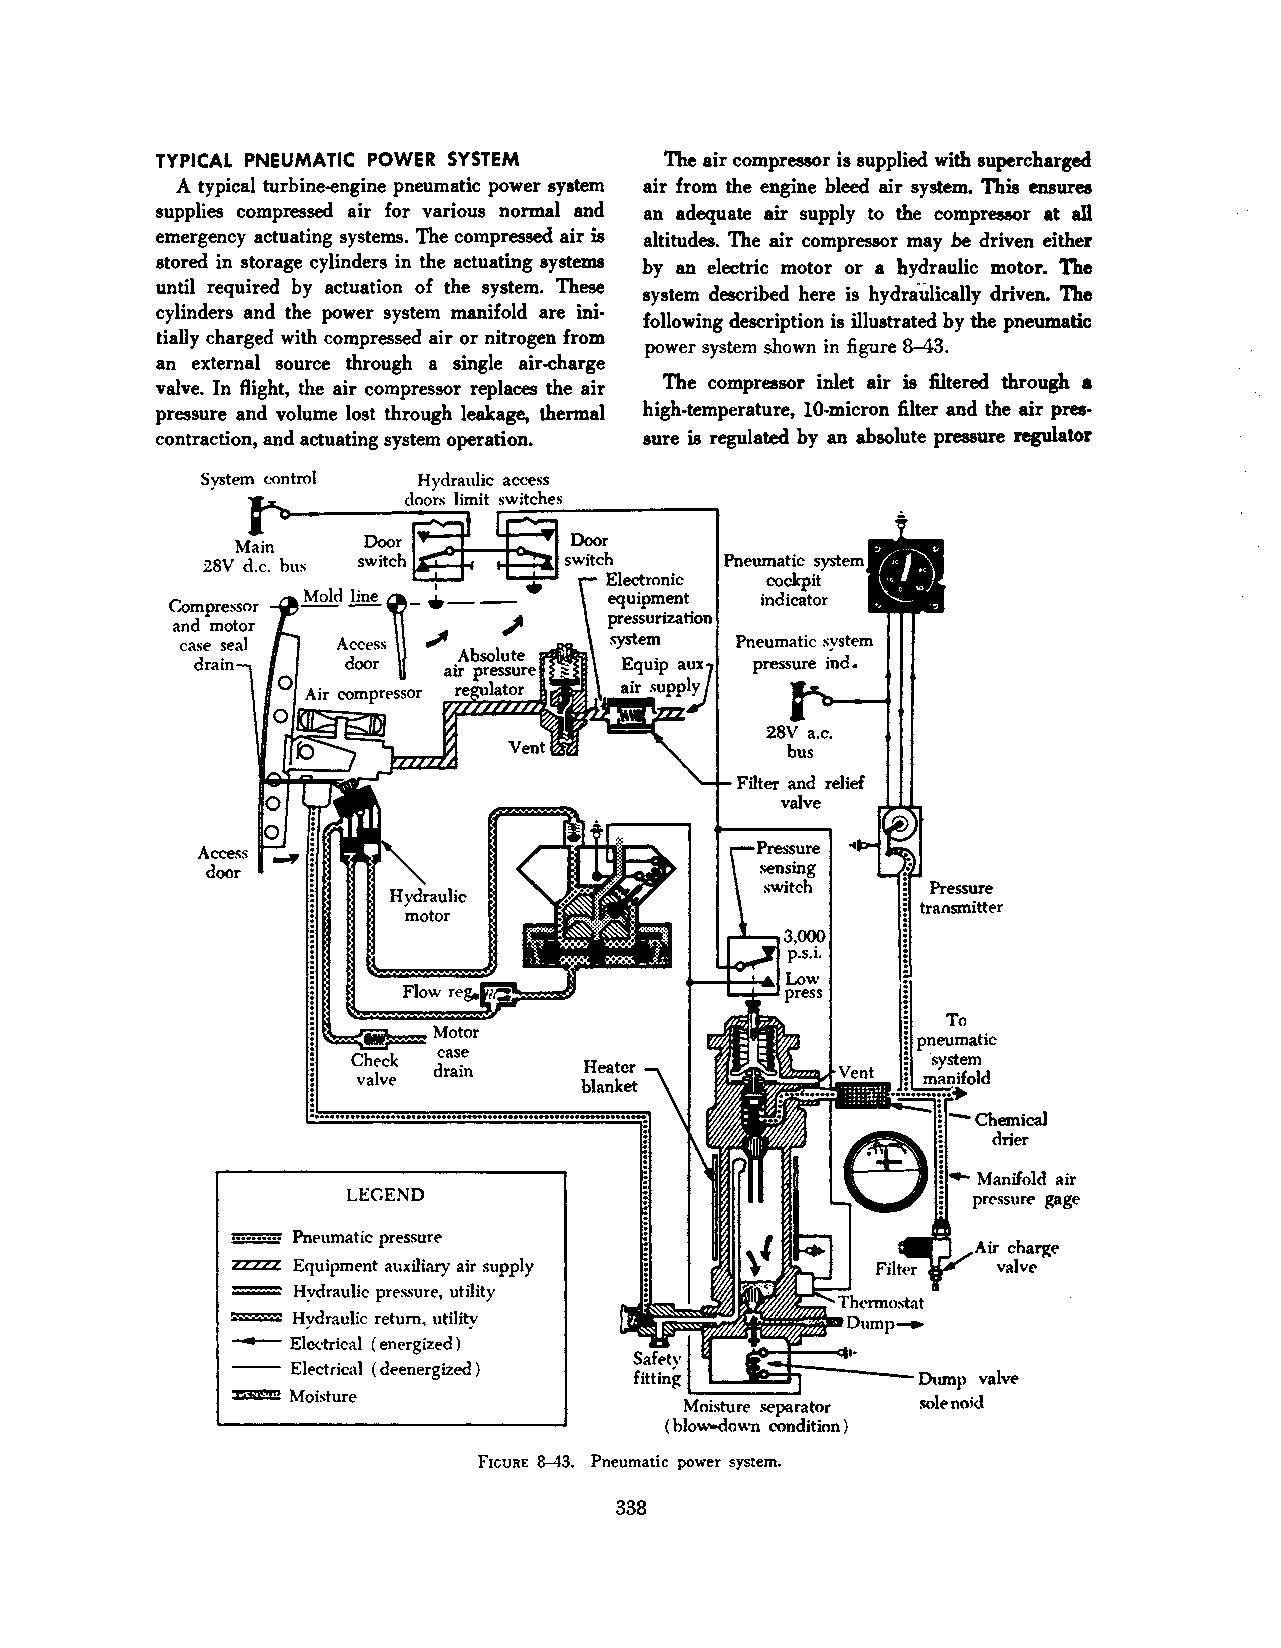
TYPICAL PNEUMATIC POWER SYSTEM    The air compressor is supplied with supercharged
 A typical turbine-engine pneumatic power system air from the engine bleed air system. This ensures
 supplies compressed air for various normal and an adequate air supply to the compressor at all
 emergency actuating systems. The compressed air is altitudes. The air compressor may be driven either
 stored in storage cylinders in the actuating systems by an electric motor or a hydraulic motor. The
 until required by actuation of the system. These
 system described here is hydraulically driven. The
 cylinders and the power system manifold are ini·
 following description is illustrated by the pneumatic
 tially charged with compressed air or nitrogen from
 power system shown in figure 8-43.
 an external source through a single air-charge
 valve. In flight, the air compressor replaces the air The compressor inlet air is filtered through a
 pressure and volume lost through leakage, thermal high-temperature, 10-micron filter and the air pres
 contraction, and actuating system operation. sure is regulated by an absolute pressure regulator
 System eontrol
 Main     Door         Door
 28V d.c. bus switch     switch     Pneumatic
 Electronic coclcpit
 equipment indicator
 C-ompressor
 pressurization
 and motor
 case seal                   system  Pneumatic system
 drain                                pressure ind.
 28V a.c.
 bus
 Pressure
 Hydraulic
 transmitter
 motor
 To
 pneumatic
 case
 system
 drain
 LEGEND
 5E:EE Pneumatic pressure
 charge
 ZZZZZ Equipment auxiliary air supply               valvt-
 Hydraulic pressure, utility
 Hydraulic return, utility
 -   Electrical (energized)
 --  Electrical ( deenergized)
 valvt>
 ~Moisture                     Moisture sc.>parator
 ( blow-down condition )
 FIGURE 8-43. Pneumatic power system.
 338